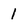
Character: 1